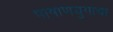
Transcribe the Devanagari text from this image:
पाषाणयुगाचा